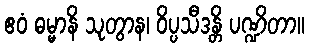
ဧဝံ ဓမ္မာနိ သုတွာန၊ ဝိပ္ပသီဒန္တိ ပဏ္ဍိတာ။